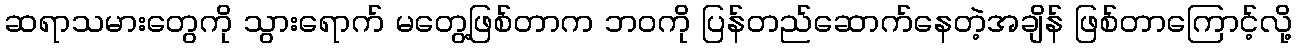
ဆရာသမားတွေကို သွားရောက် မတွေ့ဖြစ်တာက ဘဝကို ပြန်တည်ဆောက်နေတဲ့အချိန် ဖြစ်တာကြောင့်လို့